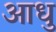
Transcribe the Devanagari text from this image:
आधु